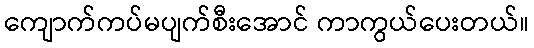
ကျောက်ကပ်မပျက်စီးအောင် ကာကွယ်ပေးတယ်။